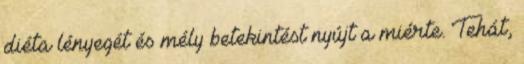
diéta lényegét és mély betekintést nyújt a miérte. Tehát,